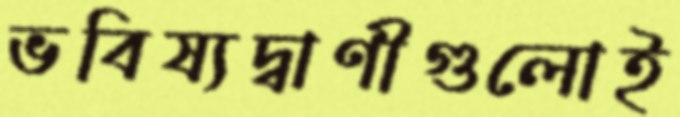
ভবিষ্যদ্বাণীগুলোই